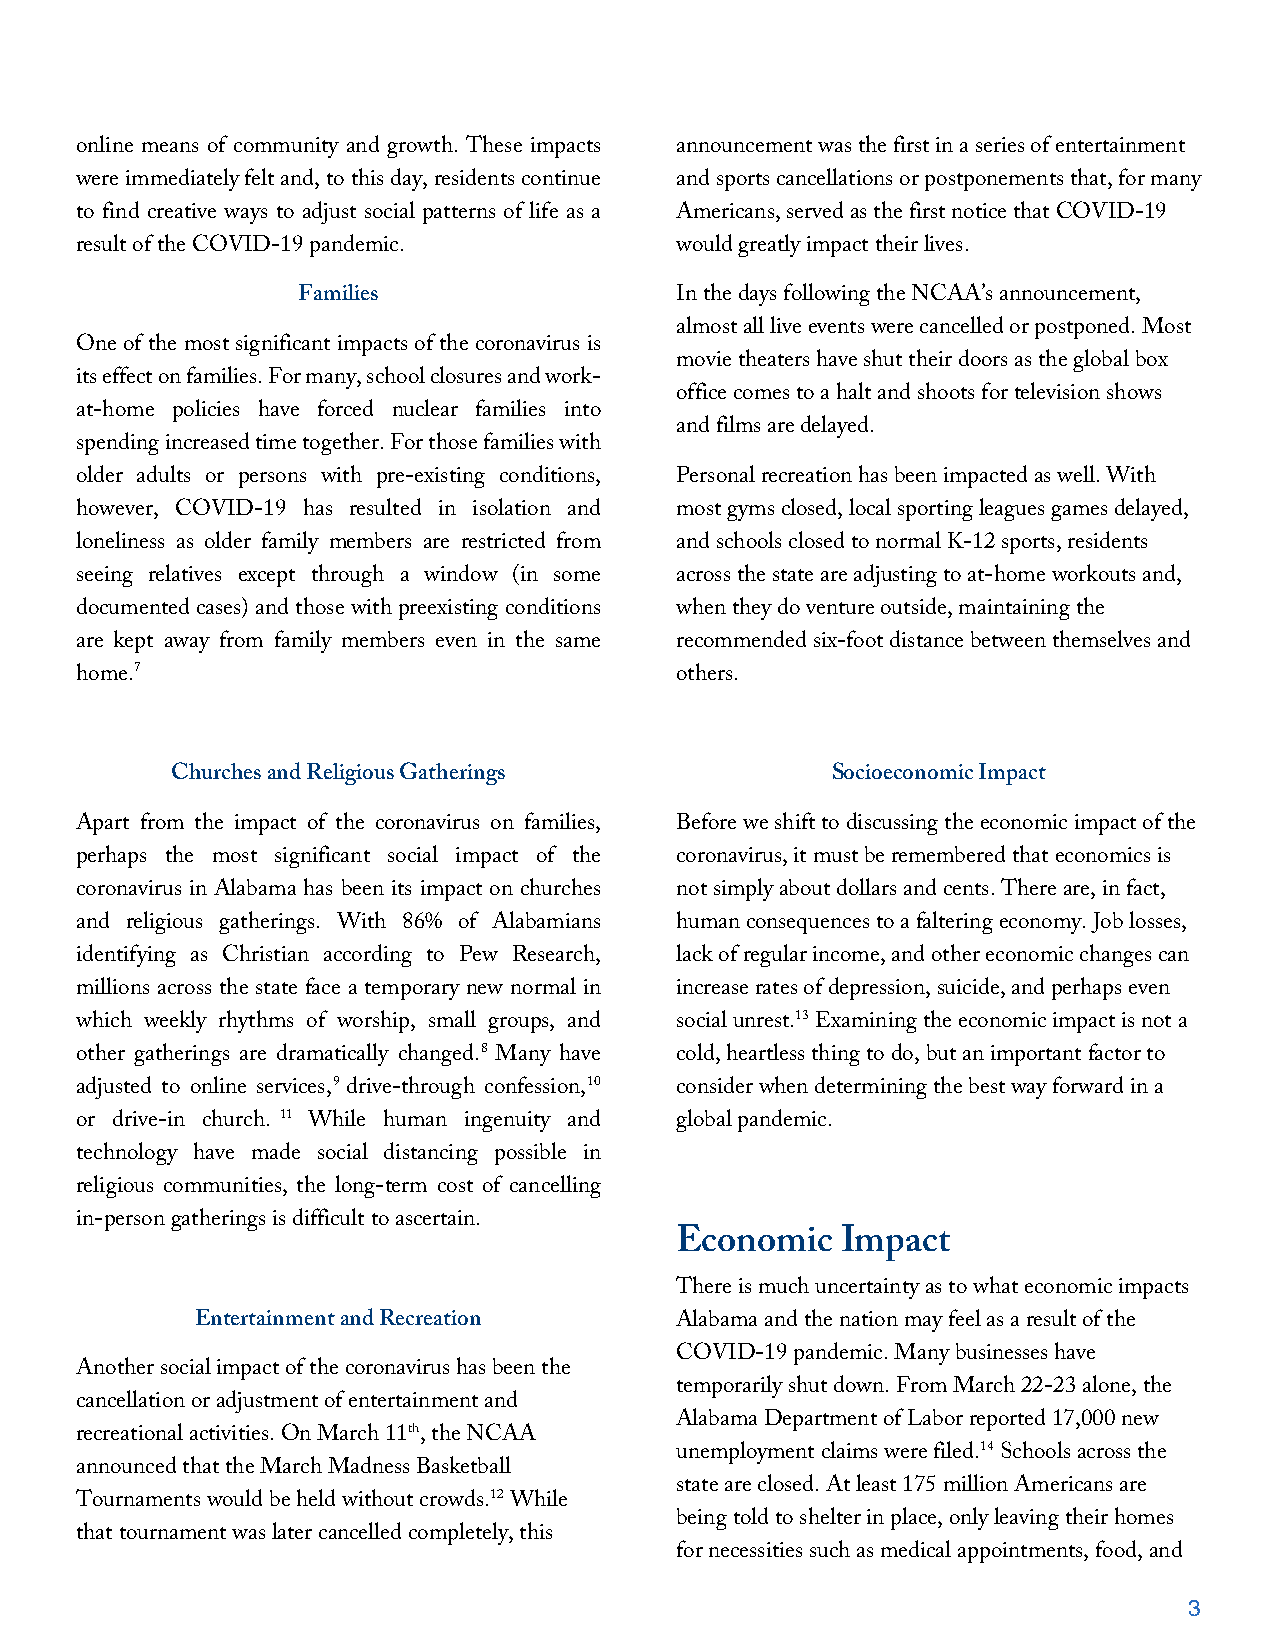
online means of community and growth. These impacts announcement was the first in a series of entertainment
 were immediately felt and, to this day, residents continue and sports cancellations or postponements that, for many
 to find creative ways to adjust social patterns of life as a Americans, served as the first notice that COVID-19
 result of the COVID-19 pandemic.        would greatly impact their lives.
 Families                 In the days following the NCAA’s announcement,
 almost all live events were cancelled or postponed. Most
 One of the most significant impacts of the coronavirus is
 movie theaters have shut their doors as the global box
 its effect on families. For many, school closures and work-
 office comes to a halt and shoots for television shows
 at-home policies have forced nuclear families into
 and films are delayed.
 spending increased time together. For those families with
 older adults or persons with pre-existing conditions, Personal recreation has been impacted as well. With
 however, COVID-19 has resulted in isolation and most gyms closed, local sporting leagues games delayed,
 loneliness as older family members are restricted from and schools closed to normal K-12 sports, residents
 seeing relatives except through a window (in some across the state are adjusting to at-home workouts and,
 documented cases) and those with preexisting conditions when they do venture outside, maintaining the
 are kept away from family members even in the same recommended six-foot distance between themselves and
 home.7                                  others.
 Churches and Religious Gatherings           Socioeconomic Impact
 Apart from the impact of the coronavirus on families, Before we shift to discussing the economic impact of the
 perhaps the most significant social impact of the coronavirus, it must be remembered that economics is
 coronavirus in Alabama has been its impact on churches not simply about dollars and cents. There are, in fact,
 and religious gatherings. With 86% of Alabamians human consequences to a faltering economy. Job losses,
 identifying as Christian according to Pew Research, lack of regular income, and other economic changes can
 millions across the state face a temporary new normal in increase rates of depression, suicide, and perhaps even
 which weekly rhythms of worship, small groups, and social unrest.13 Examining the economic impact is not a
 other gatherings are dramatically changed.8 Many have cold, heartless thing to do, but an important factor to
 adjusted to online services,9 drive-through confession,10 consider when determining the best way forward in a
 or drive-in church. 11 While human ingenuity and global pandemic.
 technology have made social distancing possible in
 religious communities, the long-term cost of cancelling
 in-person gatherings is difficult to ascertain.
 Economic   Impact
 There is much uncertainty as to what economic impacts
 Entertainment and Recreation    Alabama and the nation may feel as a result of the
 COVID-19 pandemic. Many businesses have
 Another social impact of the coronavirus has been the
 temporarily shut down. From March 22-23 alone, the
 cancellation or adjustment of entertainment and
 Alabama Department of Labor reported 17,000 new
 recreational activities. On March 11th, the NCAA
 unemployment claims were filed.14 Schools across the
 announced that the March Madness Basketball
 state are closed. At least 175 million Americans are
 Tournaments would be held without crowds.12 While
 being told to shelter in place, only leaving their homes
 that tournament was later cancelled completely, this
 for necessities such as medical appointments, food, and
 3